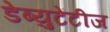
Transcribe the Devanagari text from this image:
डेब्युटेंटीज